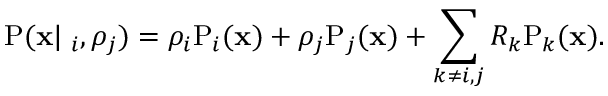
\mathrm { P } ( \mathbf x | \mathbf \rho _ { i } , \rho _ { j } ) = \rho _ { i } \mathrm P _ { i } ( \mathbf x ) + \rho _ { j } \mathrm P _ { j } ( \mathbf x ) + \sum _ { k \neq i , j } R _ { k } \mathrm P _ { k } ( \mathbf x ) .